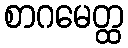
စာဂမေတ္ထ